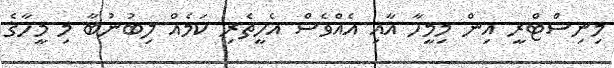
މިނިސްޓްރީ އިން މިމީހާ އާއި އެއްވެސް އެހީތެރި ކަމެއް ލިބުނުބާ މި މީހާގެ